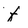
Character: f